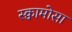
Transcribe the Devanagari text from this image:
स्क्वामोसा